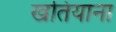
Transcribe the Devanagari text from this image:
खतियाना